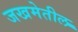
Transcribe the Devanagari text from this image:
जखमेतील